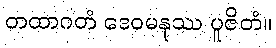
တထာဂတံ ဒေဝမနုဿ ပူဇိတံ။